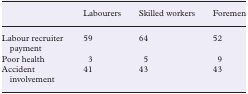
|  | Labourers | Skilled workers | Foremen |
 | --- | --- | --- | --- |
 | Labour recruiter payment | 59 | 64 | 52 |
 | Poor health | 3 | 5 | 9 |
 | Accident involvement | 41 | 43 | 43 |